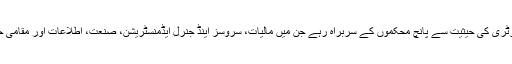
آپ حکومتِ بلوچستان میں سیکرٹری کی حیثیت سے پانچ محکموں کے سربراہ رہے جن میں مالیات، سروسز اینڈ جنرل ایڈمنسٹریشن، صنعت، اطلاعات اور مقامی حکومت کے محکمے شامل ہیں۔